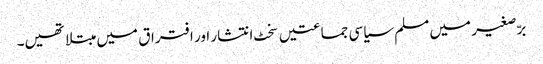
برّصغیر میں مسلم سیاسی جماعتیں سخٹ انتشار اور افتراق میں مبتلا تھیں۔